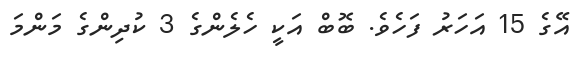
އޭގެ 15 އަހަރު ފަހެވެ. ބޮބް އަކީ ހެލެންގެ 3 ކުދިންގެ މަންމަ